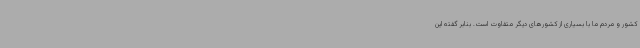
کشور و مردم ما با بسیاری از کشورهای دیگر متفاوت است. بنابر گفته این